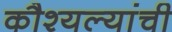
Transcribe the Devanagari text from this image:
कौश्यल्यांची